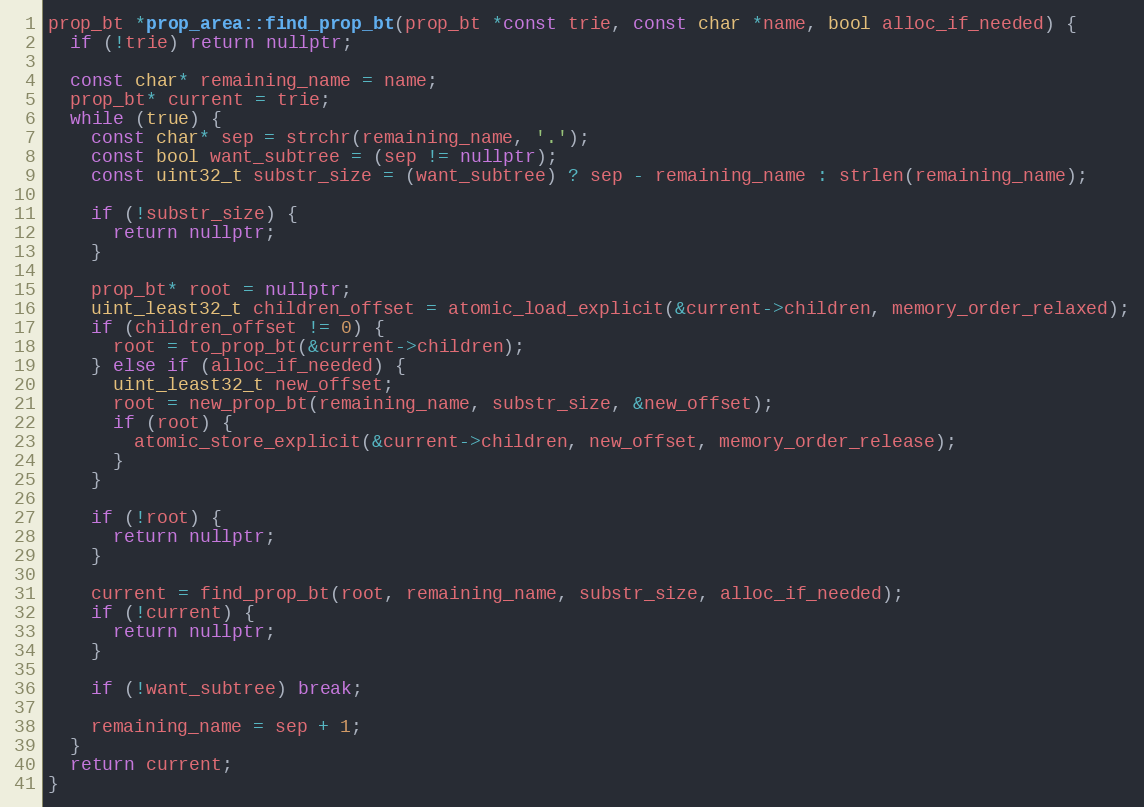
Language: C++
prop_bt *prop_area::find_prop_bt(prop_bt *const trie, const char *name, bool alloc_if_needed) {
  if (!trie) return nullptr;

  const char* remaining_name = name;
  prop_bt* current = trie;
  while (true) {
    const char* sep = strchr(remaining_name, '.');
    const bool want_subtree = (sep != nullptr);
    const uint32_t substr_size = (want_subtree) ? sep - remaining_name : strlen(remaining_name);

    if (!substr_size) {
      return nullptr;
    }

    prop_bt* root = nullptr;
    uint_least32_t children_offset = atomic_load_explicit(&current->children, memory_order_relaxed);
    if (children_offset != 0) {
      root = to_prop_bt(&current->children);
    } else if (alloc_if_needed) {
      uint_least32_t new_offset;
      root = new_prop_bt(remaining_name, substr_size, &new_offset);
      if (root) {
        atomic_store_explicit(&current->children, new_offset, memory_order_release);
      }
    }

    if (!root) {
      return nullptr;
    }

    current = find_prop_bt(root, remaining_name, substr_size, alloc_if_needed);
    if (!current) {
      return nullptr;
    }

    if (!want_subtree) break;

    remaining_name = sep + 1;
  }
  return current;
}